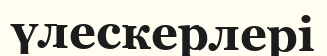
үлескерлері